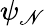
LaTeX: \psi_{\mathscr{N}}